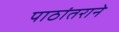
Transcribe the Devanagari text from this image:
पाठांतराने